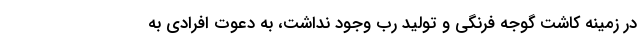
در زمینه کاشت گوجه فرنگی و تولید رب وجود نداشت، به دعوت افرادی به